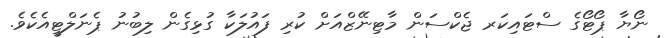
ނޯޔާ ޕޯޓޯގެ ސްޓައިކަރ ޖެކްސަން މާޓިނޭޒްއަށް ކުރި ފައުލަކާ ގުޅިގެން ލިބުނު ޕެނަލްޓީއެކެވެ.